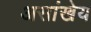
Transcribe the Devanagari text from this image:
असांखेय